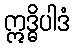
ဣဒ္ဓိပါဒံ